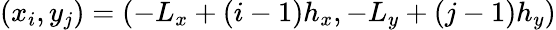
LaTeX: (x_{i},y_{j})=(-L_{x}+(i-1)h_{x},-L_{y}+(j-1)h_{y})